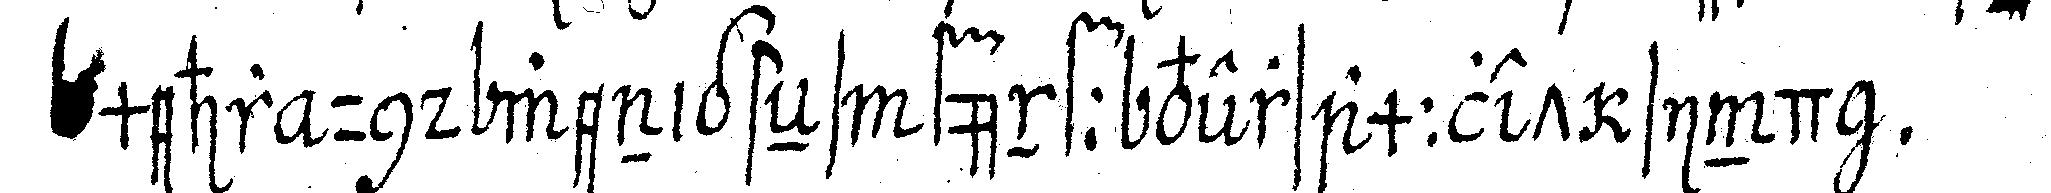
mehr und wenigsteNs fünff versammlet sind .